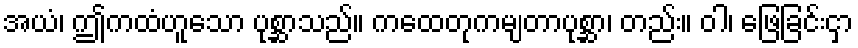
အယံ၊ ဤကထံဟူသော ပုစ္ဆာသည်။ ကထေတုကမျတာပုစ္ဆာ၊ တည်း။ ဝါ၊ ဖြေခြင်းငှာ